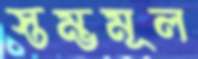
স্তম্ভমূল